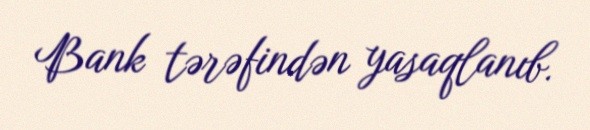
Bank tərəfindən yasaqlanıb.